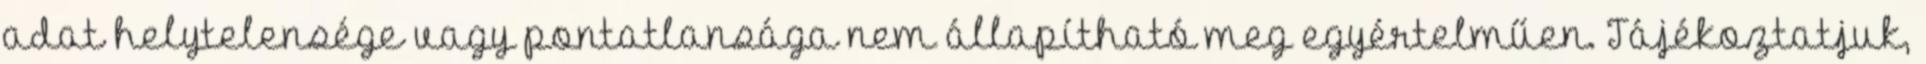
adat helytelensége vagy pontatlansága nem állapítható meg egyértelműen. Tájékoztatjuk,